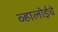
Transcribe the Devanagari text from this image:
व्हालोईचे